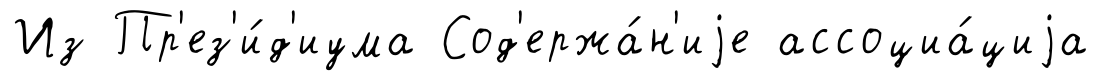
Из Пр'ез'и́д'иума Сод'ержа́н'иjе ассоциа́циjа